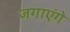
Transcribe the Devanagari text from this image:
जगाएंगे